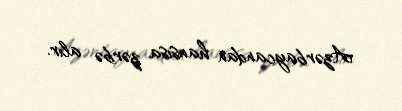
Azərbaycandan hansısa zərbə alır.